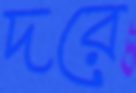
দরে